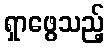
ရှာဖွေသည့်